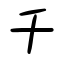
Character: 千